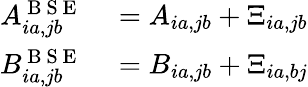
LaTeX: \begin{array}{rl}{A_{ia,jb}^{\mathrm{~B~S~E~}}}&{{}=A_{ia,jb}+\Xi_{ia,jb}}\\ {B_{ia,jb}^{\mathrm{~B~S~E~}}}&{{}=B_{ia,jb}+\Xi_{ia,bj}}\end{array}